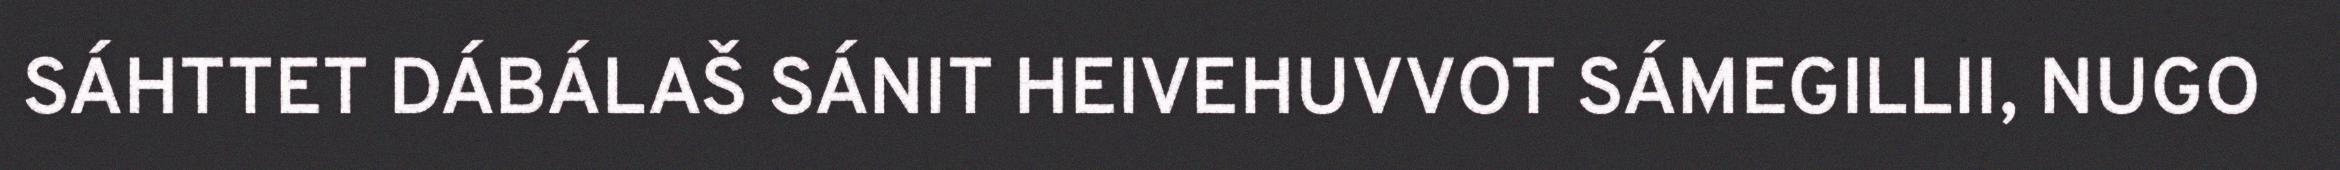
SÁHTTET DÁBÁLAŠ SÁNIT HEIVEHUVVOT SÁMEGILLII, NUGO